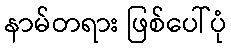
နာမ်တရား ဖြစ်ပေါ်ပုံ